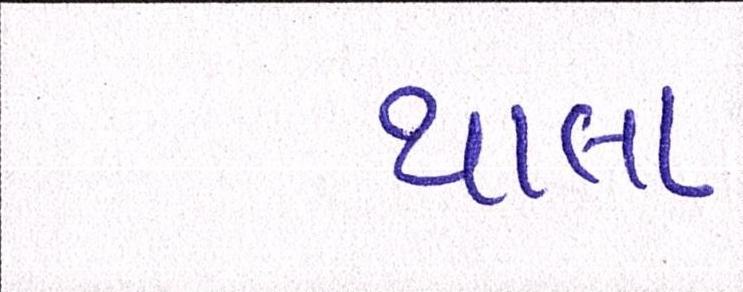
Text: થાલા